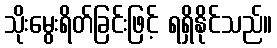
သိုးမွေးရိတ်ခြင်းဖြင့် ရရှိနိုင်သည်။